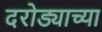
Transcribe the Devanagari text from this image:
दरोड्याच्या